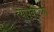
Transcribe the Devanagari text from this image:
त्यापुर्वीच्या